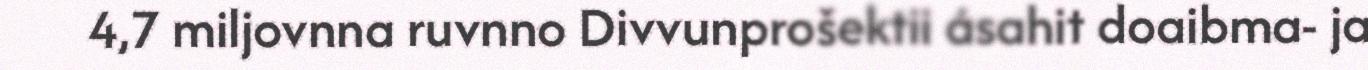
4,7 miljovnna ruvnno Divvunprošektii ásahit doaibma- ja